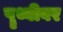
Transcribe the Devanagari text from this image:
पॄथ्वीवर